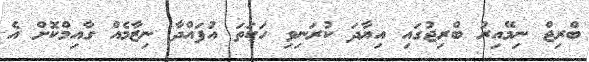
ބްރިޖް ނިމޭއިރު ބްރިޖުގައި އިޔާދަ ކުރަނިވި ހަކަތަ އުފައްދާ ނިޒާމެއް ގާއިމްކޮށް އެ